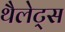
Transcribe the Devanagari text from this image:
थैलेट्स